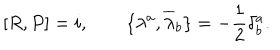
LaTeX: \lbrack R , P \rbrack = i , \qquad \lbrace \lambda ^ { a } , { \overline { { { \lambda } } } } _ { b } \rbrace = - \frac { 1 } { 2 } \delta _ { b } ^ { a } .